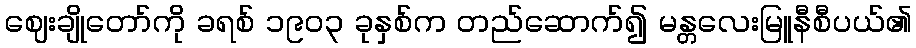
ဈေးချိုတော်ကို ခရစ် ၁၉၀၃ ခုနှစ်က တည်ဆောက်၍ မန္တလေးမြူနီစီပယ်၏